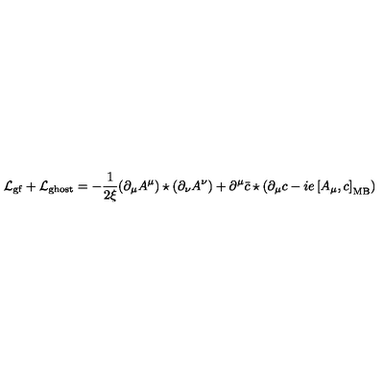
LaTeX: { \cal L } _ { \mathrm { g f } } + { \cal L } _ { \mathrm { g h o s t } } = - \frac { 1 } { 2 \xi } ( \partial _ { \mu } A ^ { \mu } ) \star ( \partial _ { \nu } A ^ { \nu } ) + \partial ^ { \mu } \bar { c } \star ( \partial _ { \mu } c - i e \left[ A _ { \mu } , c \right] _ { \mathrm { M B } } )